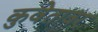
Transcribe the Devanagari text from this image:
कुवेतावर